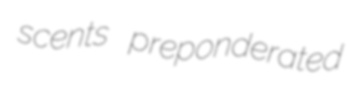
scents preponderated